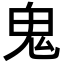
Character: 鬼